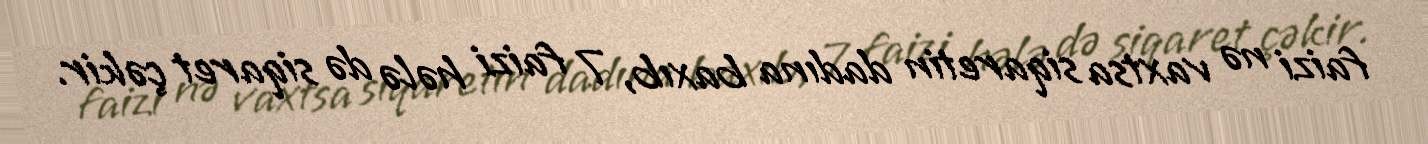
faizi nə vaxtsa siqaretin dadına baxıb, 7 faizi hələ də siqaret çəkir.